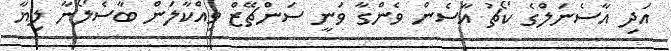
އަދި އާސެނަލްގެ ކޯޗު އާސެން ވެންގާ ވަނީ ސަންޗޭޒް ވިއްކާލަން ބާސެލޯނާ ލިޔާ